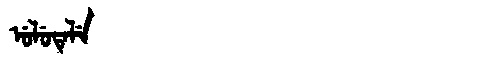
Manchu: ᡠᠯᡠᡨᡝᠯᡝ
Romanization: ULUTELE